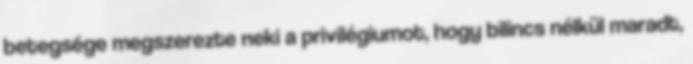
betegsége megszerezte neki a privilégiumot, hogy bilincs nélkül maradt,